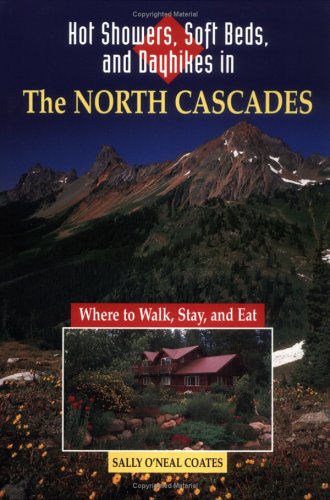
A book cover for Hot Showers, Soft Beds, and Dayhikes in the North Cascades; Sally O'Neal Coates; Travel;